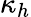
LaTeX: \kappa_{h}